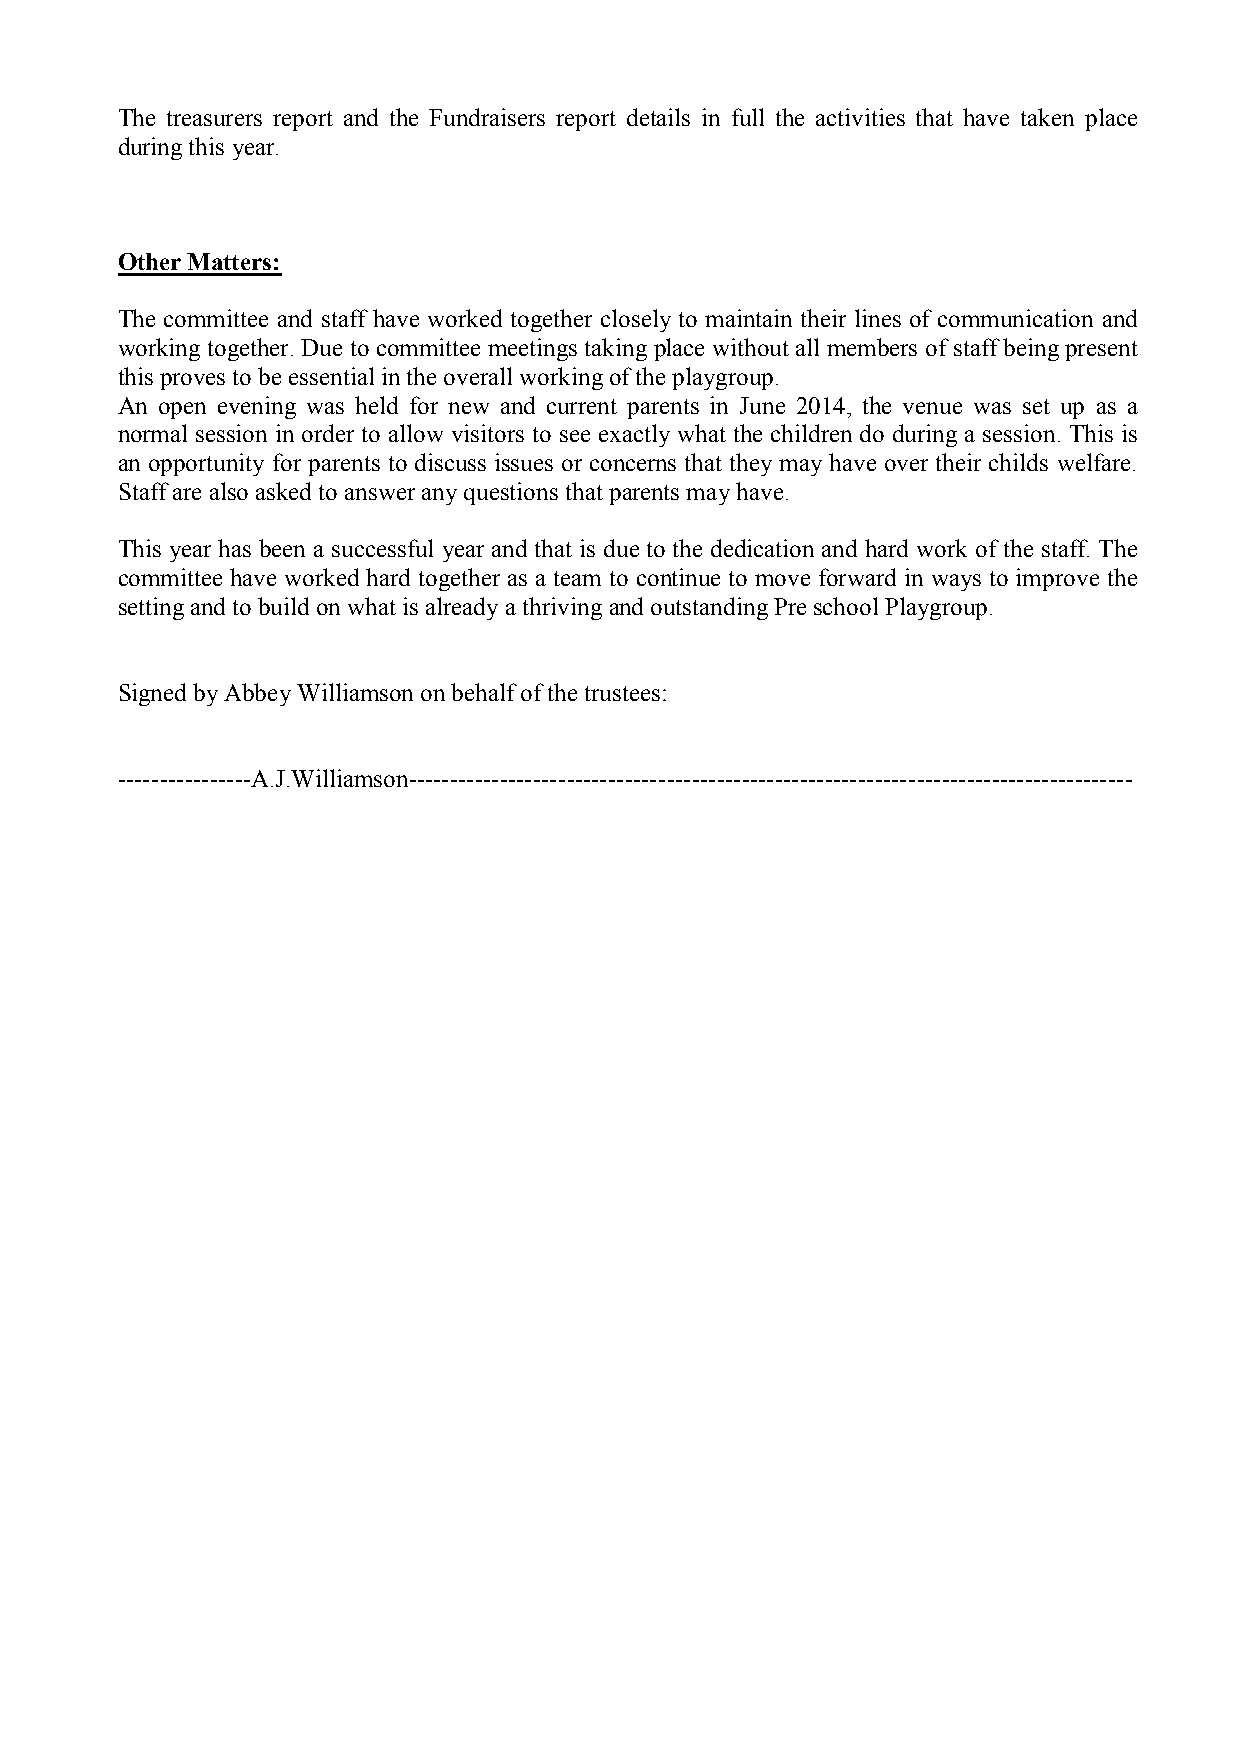
The treasurers report and the Fundraisers report details in full the activities that have taken place
 during this year.
 Other Matters:
 The committee and staff have worked together closely to maintain their lines of communication and
 working together. Due to committee meetings taking place without all members of staff being present
 this proves to be essential in the overall working of the playgroup.
 An open evening was held for new and current parents in June 2014, the venue was set up as a
 normal session in order to allow visitors to see exactly what the children do during a session. This is
 an opportunity for parents to discuss issues or concerns that they may have over their childs welfare.
 Staff are also asked to answer any questions that parents may have.
 This year has been a successful year and that is due to the dedication and hard work of the staff. The
 committee have worked hard together as a team to continue to move forward in ways to improve the
 setting and to build on what is already a thriving and outstanding Pre school Playgroup.
 Signed by Abbey Williamson on behalf of the trustees:
 ----------------A.J.Williamson---------------------------------------------------------------------------------------